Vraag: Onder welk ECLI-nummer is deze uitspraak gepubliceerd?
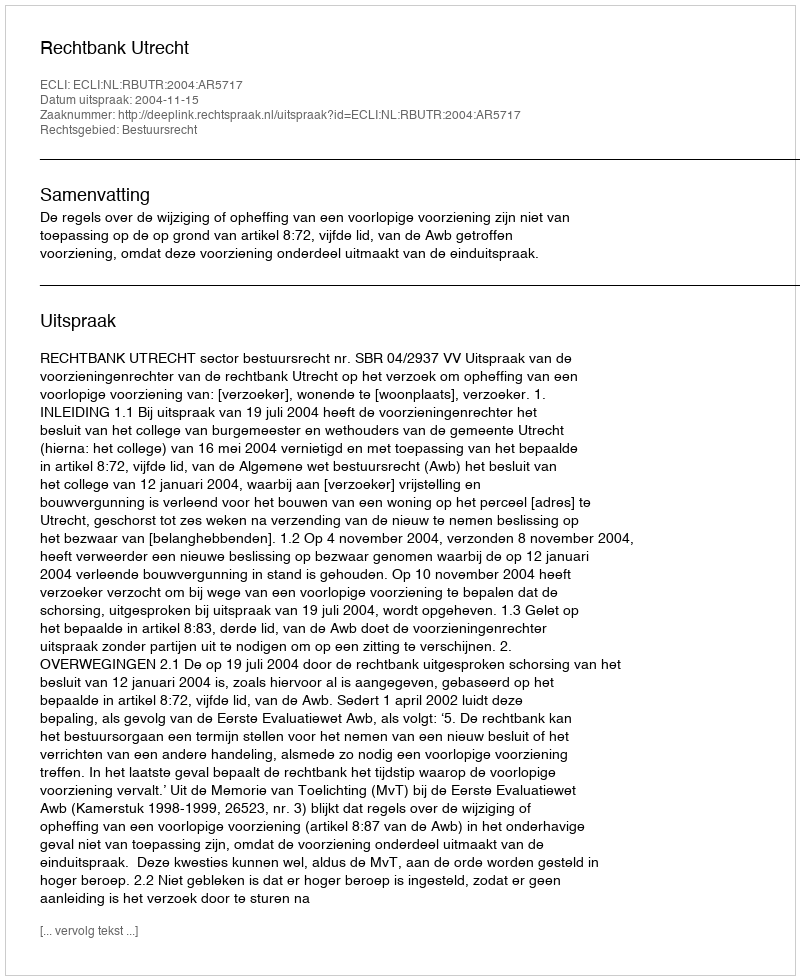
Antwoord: ECLI:NL:RBUTR:2004:AR5717